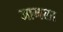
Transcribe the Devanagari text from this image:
जामला